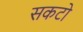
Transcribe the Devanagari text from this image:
सकटो